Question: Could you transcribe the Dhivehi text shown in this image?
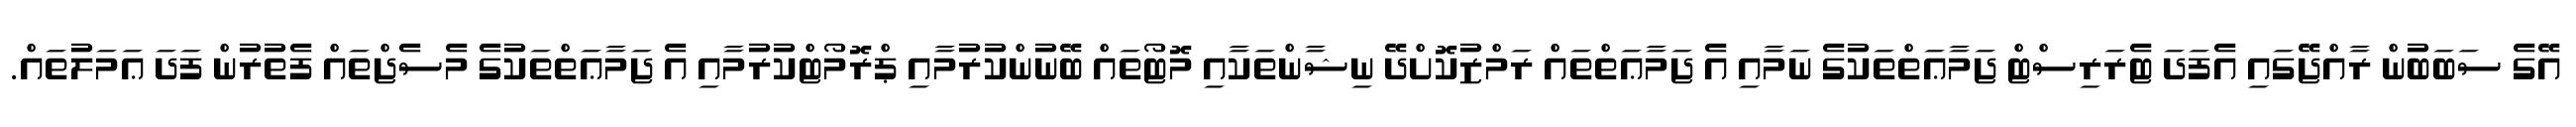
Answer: އޭގެ ސަބަބުން ރާއްޖޭގައި އެފަދަ ޓެރަރިސްޓް ޖަމާޢަތްތަކުގެ ނަމާއި އެ ޖަމާޢަތްތައް ރަމްޒުކޮށްދޭ ނިޝާންތަކާއި މޮޓޯތައް ބޭނުންކުރުމާއި ޕްރޮމޯޓްކުރުމާއި އެ ޖަމާޢަތްތަކުގެ މެސެޖްތައް ފެތުރުން ފަދަ ޢަމަލުތައް.